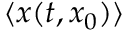
\langle x ( t , x _ { 0 } ) \rangle